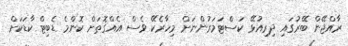
ރާއްޖޭން ބޭރުގައި ދިރިއުޅޭ ކަސްޓަމަރުންނަށް މިހާރެކޭ ވެސް އެއްގޮތަށް ކޮންމެ ޑެބިޓް ކާޑަކަށް